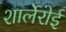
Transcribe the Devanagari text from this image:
शार्लेरोई